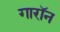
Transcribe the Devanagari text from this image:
गारॉन